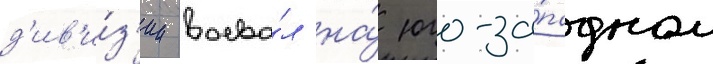
д'ив'и́з'ии воева́л на́ юго-за́падном